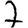
Digit: 7